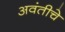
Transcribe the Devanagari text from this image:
अवंतीचे